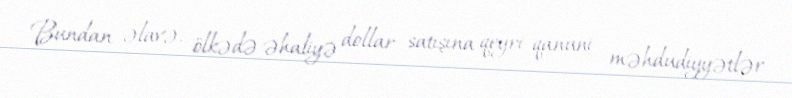
Bundan əlavə, ölkədə əhaliyə dollar satışına qeyri-qanuni məhdudiyyətlər